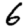
Digit: 6